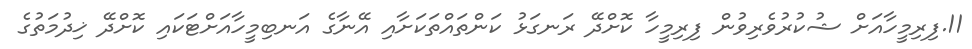
11.ފިރިމީހާއަށް ޝުކުރުވެރިވުން ފިރިމީހާ ކޮށްދޭ ރަނގަޅު ކަންތައްތަކަށާއި އޭނާގެ އަނބިމީހާއަށްޓަކައި ކޮށްދޭ ޚިދުމަތުގެ